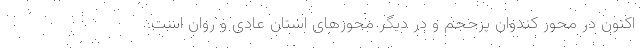
اکنون در محور کندوان پرحجم و در دیگر محورهای استان عادی و روان است.